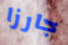
جارزا